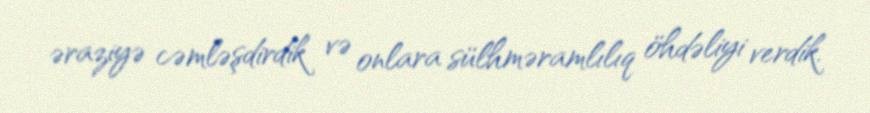
əraziyə cəmləşdirdik və onlara sülhməramlılıq öhdəliyi verdik.